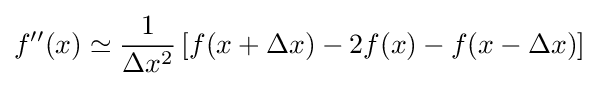
f''(x)\simeq {\frac {1}{\Delta x^{2}}}\left[f(x+\Delta x)-2f(x)-f(x-\Delta x)\right]